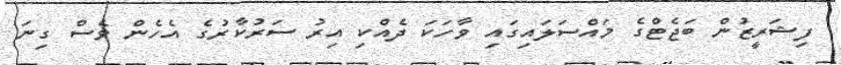
ފިޝަރީޒުން ބަޖެޓްގެ މައްސަލައިގައި ވާހަކަ ދެއްކި އިރު ސަރުކާރުގެ އެހެން ވެސް ގިނަ